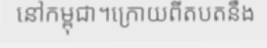
នៅកម្ពុជា។ក្រោយពីតបតនឹង